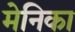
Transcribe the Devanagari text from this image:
मेनिका